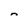
Character: n